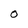
Character: 0